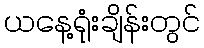
ယနေ့ရုံးချိန်းတွင်